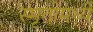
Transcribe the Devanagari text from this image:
स्मृतीमध्ये